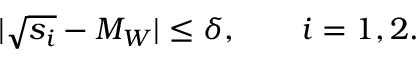
\vert \sqrt { s _ { i } } - M _ { W } \vert \leq \delta , \qquad i = 1 , 2 .